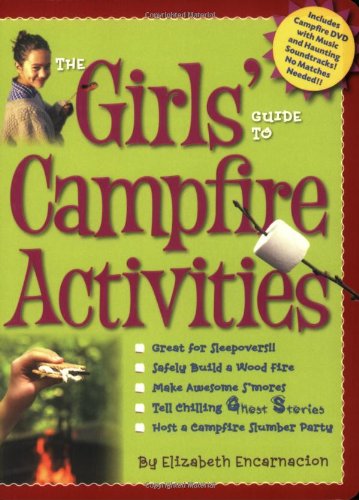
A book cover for The Girls' Guide to Campfire Activities; Elizabeth Encarnacion; Cookbooks, Food & Wine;